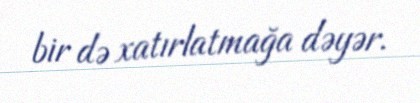
bir də xatırlatmağa dəyər.